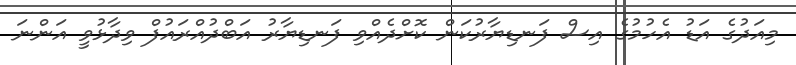
މިއަދުގެ އަޑު އެހުމުގެ އިސް ފަނޑިޔާރުކަން ކޮށްދެއްވި ފަނޑިޔާރު އަބްދުއްރައުފް ވިދާޅުވީ އަންނަ